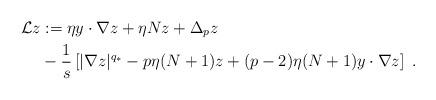
LaTeX: \begin{align*}\mathcal{L}z & := \eta y\cdot\nabla z + \eta Nz + \Delta_p z \\& -\frac{1}{s}\left[|\nabla z|^{q_*}-p\eta(N+1)z+(p-2)\eta(N+1)y\cdot\nabla z\right]\ .\end{align*}